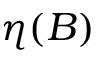
\eta ( B )